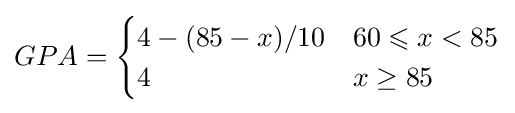
GPA={\begin{cases}4-(85-x)/10&60\leqslant x<85\\4&x\geq 85\end{cases}}